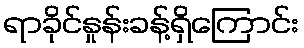
ရာခိုင်နှုန်းခန့်ရှိကြောင်း